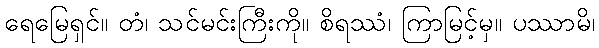
ရေမြေရှင်။ တံ၊ သင်မင်းကြီးကို။ စိရဿံ၊ ကြာမြင့်မှ။ ပဿာမိ၊